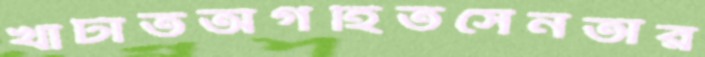
খাটাতঅগর্হিতসেনতার